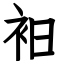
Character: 衵